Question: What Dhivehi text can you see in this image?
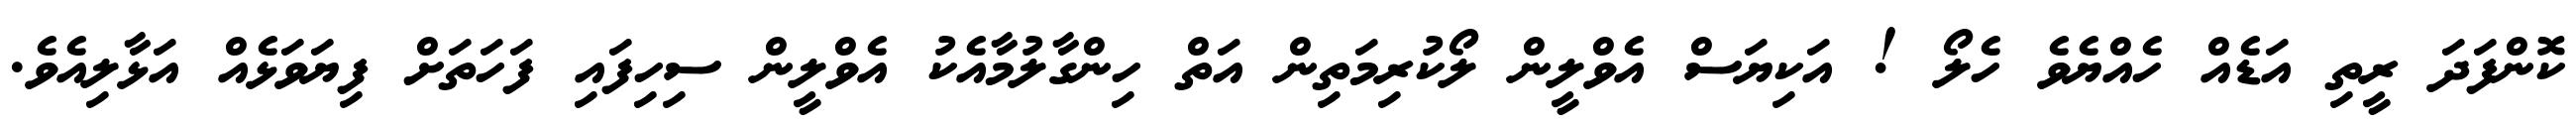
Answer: ކޮންފަދަ ރީތި އަޑެއް ހެއްޔެވެ ހެލޯ ! އަކިޔަސް އެވްލީން ލޯކުރިމަތިން އަތް ހިންގާލުމާއެކު އެވްލީން ސިހިފައި ފަހަތަށް ފިޔަވަޅެއް އަޅާލިއެވެ.